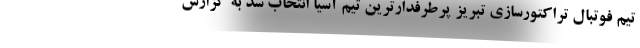
تیم فوتبال تراکتورسازی تبریز پرطرفدارترین تیم آسیا انتخاب شد به گزارش